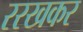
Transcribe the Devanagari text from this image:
ररखकर